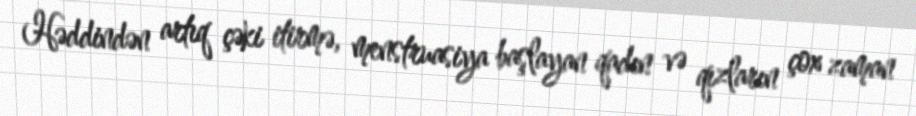
Həddindən artıq çəki itirmə, menstruasiya başlayan qadın və qızların çox zaman